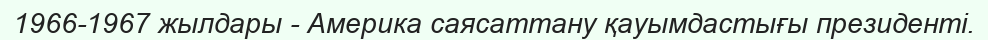
1966-1967 жылдары - Америка саясаттану қауымдастығы президенті.